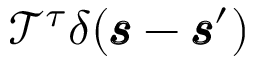
\mathscr { T } ^ { \tau } \delta ( \pmb { \mathscr { s } } - \pmb { \mathscr { s } } ^ { \prime } )